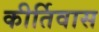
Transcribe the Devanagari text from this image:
कीर्तिवास